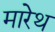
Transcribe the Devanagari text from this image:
मारेथ